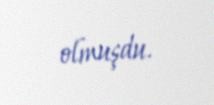
olmuşdu.